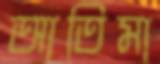
আতিমা